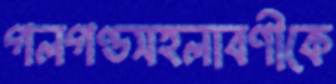
গলগণ্ডসহলাবণীকে